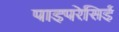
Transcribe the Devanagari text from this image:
पाइपरेसिई